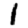
Digit: 1